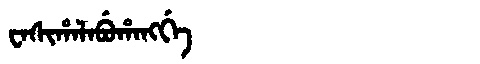
Manchu: ᠸᠠᠰᡳᡥᠠᠯᠠᠪᡠᡥᠠᠩᡤᡝ
Romanization: WASIHALABUHANGGE